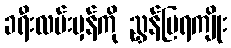
ခရီးလမ်းမှန်ကို ညွှန်ပြရကျိုး